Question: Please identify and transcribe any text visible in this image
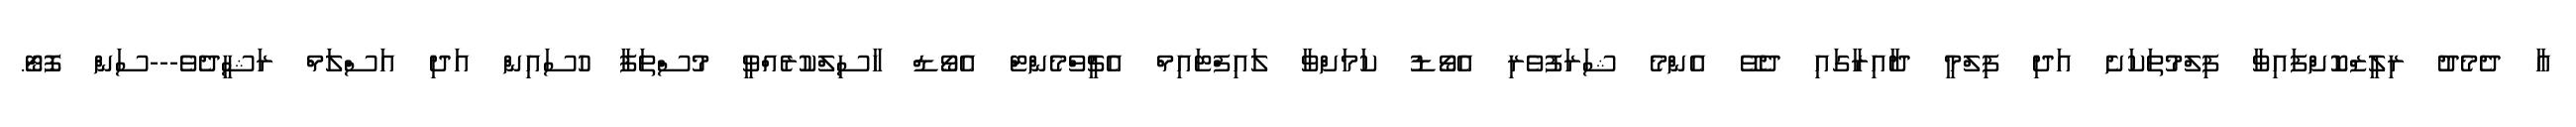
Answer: އާ ދެމެދު ރިލީޒްކޮށްފައިވާ ފިލްމުތަކަށެ އަދި ފިލްމީ ދާއިރާގައި ދެވޭ އެންމެ ޝަރަފުވެރި އެވޯޑު ކަމަށްވާ ލައިފްޓައިމް އެޗީވްމެންޓް އެވޯޑް ހާސިލްކުރެއްވީ މުސްތަފާ ހުސައިން އަދި އަސްލަމް ރަޝީދެވެ---ސަން ފޮޓޯ.